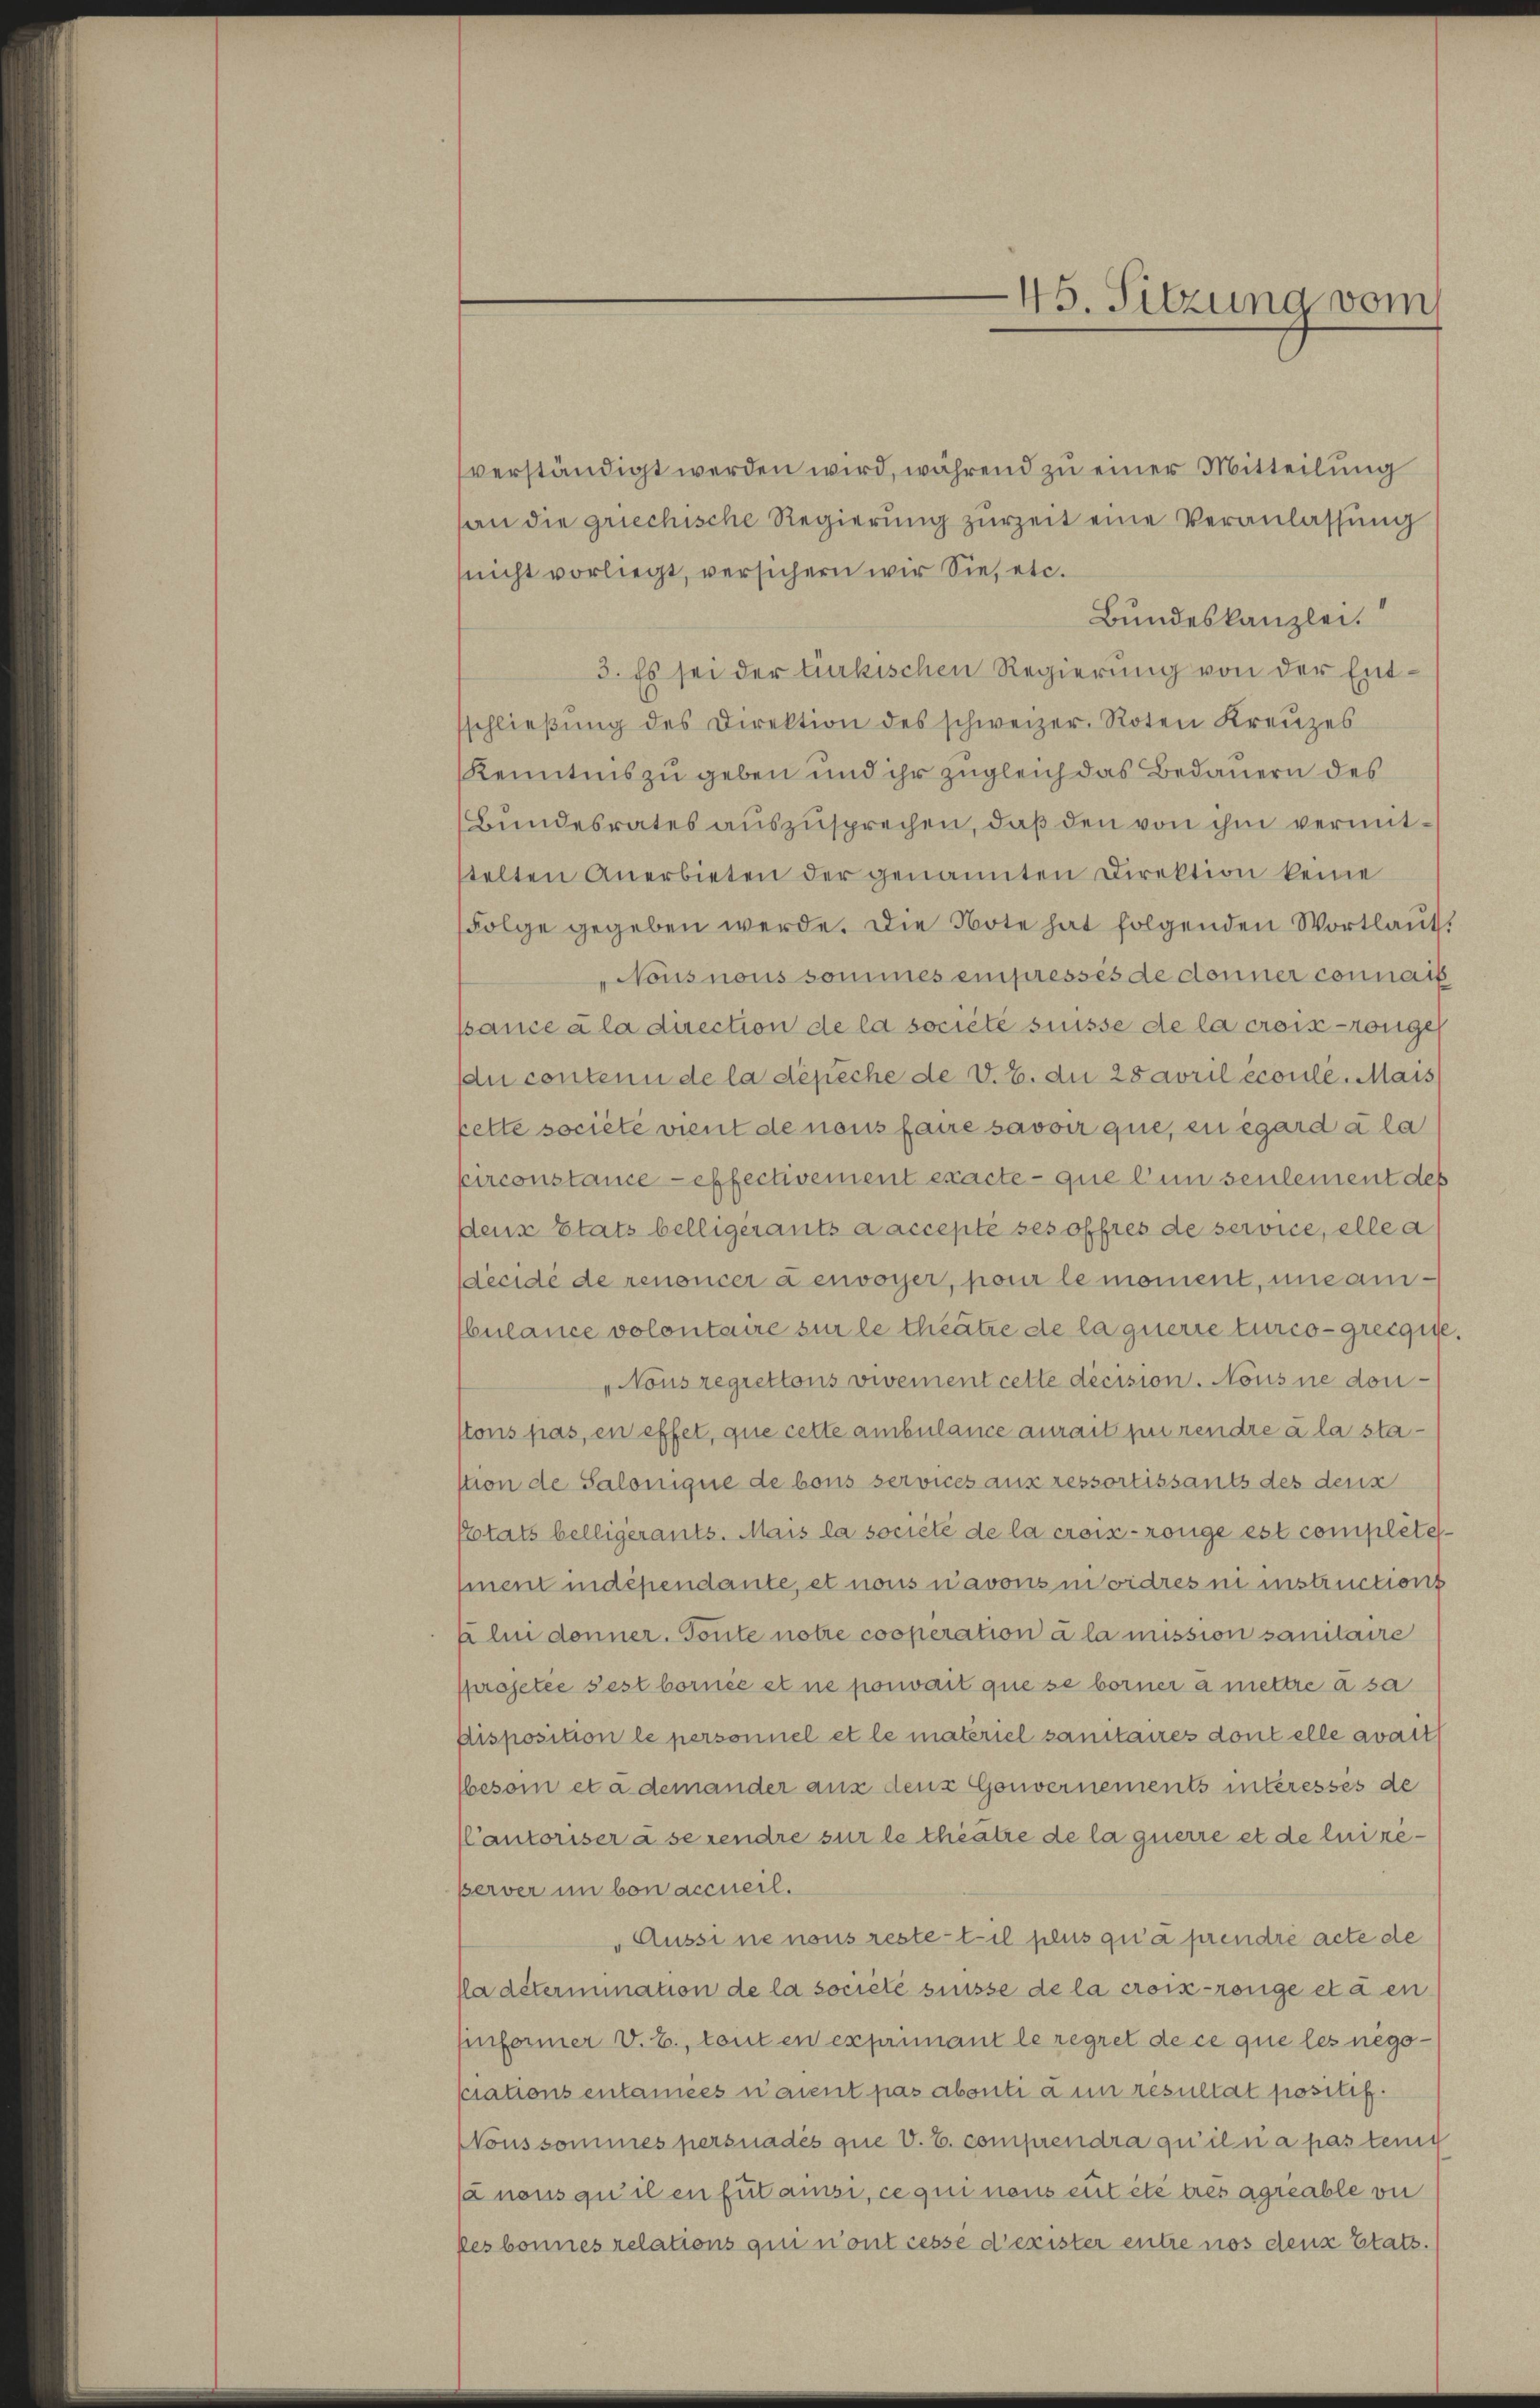
45. Sitzung vom

verständigt werden wird, während zu einer Mitteilung
an die griechische Regierung zurzeit eine Veranlassung
(nicht vorliegt, versichern wir Sie etc.
Bundeskanzlei.
3. Es sei der türkischen Regierung von der Entsschlieβŭng des Direktion des schweizer. Roten Kreŭzes
Kenntnis zu geben und ihr zugleich das Bedauern des
Bundesrates auszusprechen, daß den von ihm vermittelten Anerbieten der genannten Direktion keine
Folge gegeben werde. Die Note hat folgenden Wortlaut.
Nousnous sommes einpressés de donner connais
ssance à la direction de la société suisse de la crois-ronges
du contenu de la dépeche de V. B. du 28 April écoule. Mais
pette societe vient de nous faire savoir que, en egard à la
pirconstance effectivement exacte que l’un seulement des
denr Etats belligerants a accepté ses offres de service, elle a
decidé de renoncer denvoyer, pour le moment, une anbulance volontaire sur le theatre de la querre turco-grecgise,
„Nous regrettons vivement cette décision. Nous ne doustons pas, en effet, que cette ambulance aurait pu rendre à la stastion de Salonique de bous services aux ressortissants des deux
Etats belligerants. Mais la société de la croix-rouge est compléte
mnent indépendante, et nous navons in ordres ni instructions
x lui donner. Toute notre cooperation à la mission sanitaire
projetée sest bornes et ne pouvait que se borner a mettre à sa
Disposition le personnel et le materiel sanitaires dont elle avait
sbesoin et a demander aus den Gouvernements interessés de
Kantoriser a serendre sur le thätze de la querre et de lui reperver in bon accueil.
Aussine nous restet il plus qua prendre acte de
fla détermination de la société presse de la croix-renge et a en
pnformer V. E., touten exprimant le regret de ce que les negosiations entanées n’aient pas abonti à un resultat positif.
Noussommes persnadès que V. E. comprendra qu’il a pas tenig
sa nous qu’il en für ansi, ce qui neus eut etc trés agriable vi
kes bonnes relations qui n’ont cesse d’exister entre nos denz Statt.